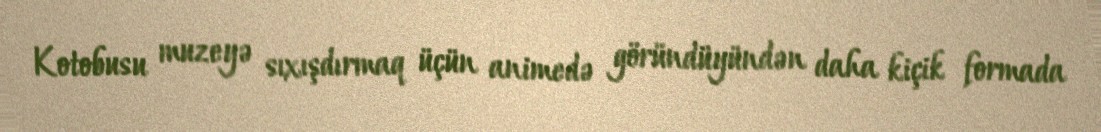
Kotobusu muzeyə sıxışdırmaq üçün animedə göründüyündən daha kiçik formada